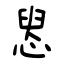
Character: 惥